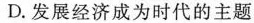
D.发展经济成为时代的主题